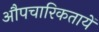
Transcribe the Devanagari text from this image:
औपचारिकतायें